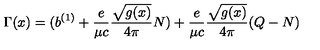
\Gamma ( x ) = ( b ^ { ( 1 ) } + { \frac { e } { \mu c } } { \frac { \sqrt { g ( x ) } } { 4 \pi } } N ) + { \frac { e } { \mu c } } { \frac { \sqrt { g ( x ) } } { 4 \pi } } ( Q - N )